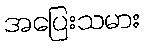
အပြေးသမား